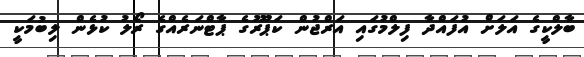
ބާލްކީގެ އަލަށް އުފައްދާ ފިލްމުގައި އަރްޖުން ކަޕޫރުގެ ޕާޓްނަރެއްގެ ރޯލު ކުޅެން ލިބުމަކީ